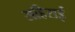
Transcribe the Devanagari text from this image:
सहिराई